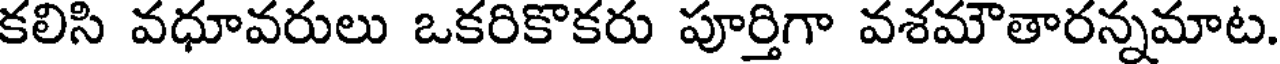
కలిసి వధూవరులు ఒకరికొకరు పూర్తిగా వశమౌతారన్నమాట.